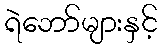
ရဲဘော်များနှင့်